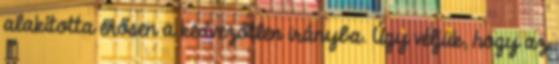
alakította erősen a kedvezőtlen irányba. Úgy véljük, hogy az